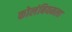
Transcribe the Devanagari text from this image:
कोलंबियमला